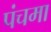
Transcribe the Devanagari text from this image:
पंचमा